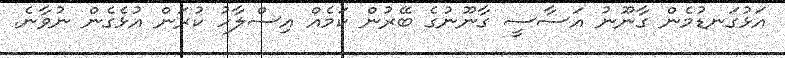
އަޅުގަނޑުމެން ގާނޫނު އަސާސީ ގާނޫނުގެ ބޭރުން ކަމެއް އިސްލާހު ކުރަން އުޅެގެން ނުވާނެ.